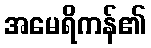
အမေရိကန်၏